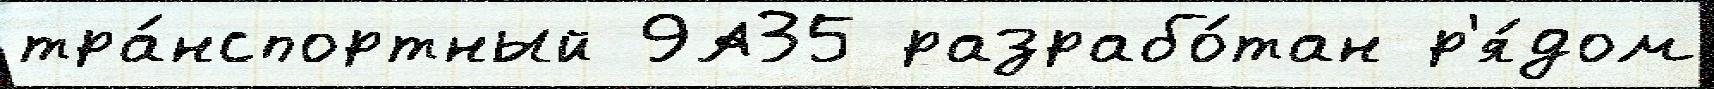
тра́нспортный 9А35 разрабо́тан р'я́дом